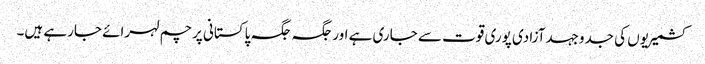
کشمیریوں کی جدوجہدآزادی پوری قوت سے جاری ہے اورجگہ جگہ پاکستانی پرچم لہرائے جارہے ہیں۔